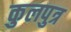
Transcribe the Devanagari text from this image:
कुलपुत्र